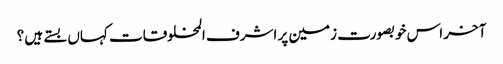
آخر اس خوبصورت زمین پر اشرف المخلوقات کہاں بستے ہیں ؟